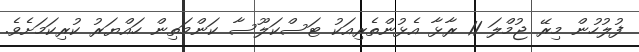
ފުލުހުން މިރޭ ޖުމްލަ 11 ރާޅާ އެޅުންތެރިއަކު ޓަސްކަލޫސާ ކަންމަތިން ހައްޔަރު ކުރިކަމަށެވެ.